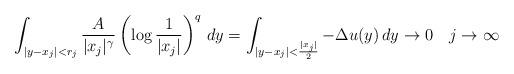
LaTeX: \begin{align*} \int_{|y-x_j|<r_j} \frac{A}{|x_j|^\gamma} \left(\log\frac{1}{|x_j|}\right)^q \,dy=\int_{|y-x_j|<\frac{|x_j|}{2}} -\Delta u(y)\,dy\to0 \quad j\to\infty \end{align*}